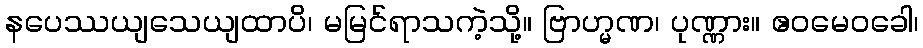
နပေဿယျသေယျထာပိ၊ မမြင်ရာသကဲ့သို့။ ဗြာဟ္မဏ၊ ပုဏ္ဏား။ ဧဝမေဝခေါ၊